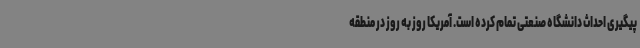
پیگیری احداث دانشگاه صنعتی تمام کرده است. آمریکا روز به روز در منطقه